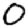
Digit: 0